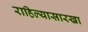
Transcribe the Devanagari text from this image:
राहिल्यासारखा